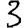
Digit: 3